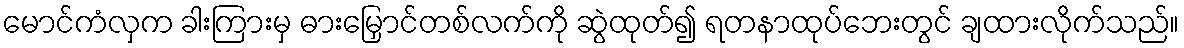
မောင်ကံလှက ခါးကြားမှ ဓားမြှောင်တစ်လက်ကို ဆွဲထုတ်၍ ရတနာထုပ်ဘေးတွင် ချထားလိုက်သည်။